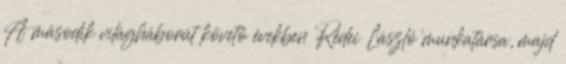
A második világháborút követő években Rédei László munkatársa, majd